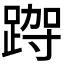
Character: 𮛮